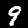
Digit: 9